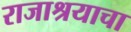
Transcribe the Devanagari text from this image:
राजाश्रयाचा